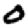
Digit: 0